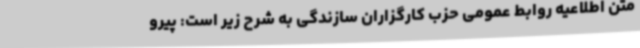
متن اطلاعیه روابط عمومی حزب کارگزاران سازندگی به شرح زیر است: پیرو